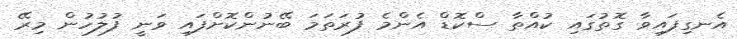
އެނގިފައިވާ ގޮތުގައި ކުއްތާ ސްކޮޑް އެންމެ ފުރަތަމަ ބޭނުންކޮށްފައި ވަނީ ފުލުހުން މިރޭ